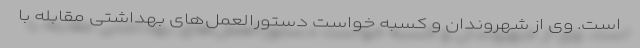
است. وی از شهروندان و کسبه خواست دستورالعمل‌های بهداشتی مقابله با